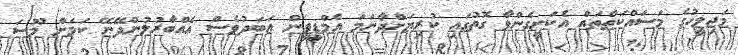
މަޖިލީހުގެ މަސައްކަތްތައް އެކަށީގެންވާ ގޮތުގައި ކުރިޔަށްދާނަމަ އެމްޑީޕީން އަބަދުވެސް އެއްބާރުލުންދޭނޭ ކަމަށް މޫސަ